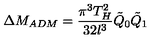
\Delta M _ { A D M } = \frac { \pi ^ { 3 } T _ { H } ^ { 2 } } { 3 2 l ^ { 3 } } \tilde { Q } _ { 0 } \tilde { Q } _ { 1 }